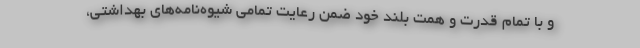
و با تمام قدرت و همت بلند خود ضمن رعایت تمامی شیوه‌نامه‌های بهداشتی،